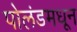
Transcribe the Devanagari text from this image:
पोलंडमधून